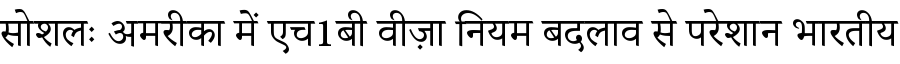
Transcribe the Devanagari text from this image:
सोशलः अमरीका में एच1बी वीज़ा नियम बदलाव से परेशान भारतीय